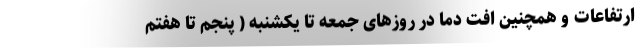
ارتفاعات و همچنین افت دما در روزهای جمعه تا یکشنبه ( پنجم تا هفتم